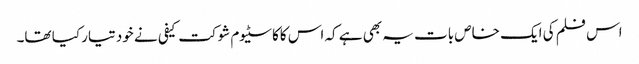
اس فلم کی ایک خاص بات یہ بھی ہے کہ اس کاکاسٹیوم شوکت کیفی نے خود تیار کیا تھا۔